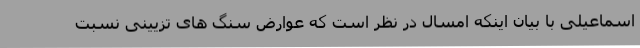
اسماعیلی با بیان اینکه امسال در نظر است که عوارض سنگ های تزیینی نسبت